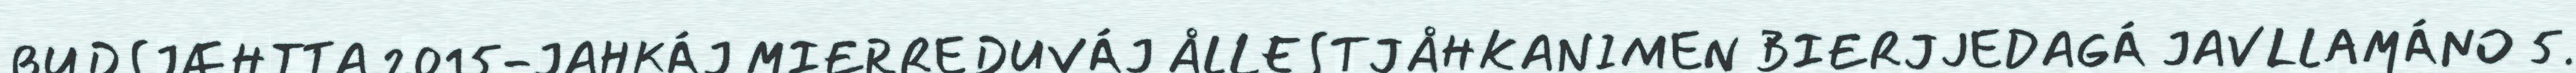
BUDSJÆHTTA 2015-JAHKÁJ MIERREDUVÁJ ÅLLESTJÅHKANIMEN BIERJJEDAGÁ JAVLLAMÁNO 5.